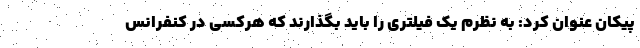
پیکان عنوان کرد: به نظرم یک فیلتری را باید بگذارند که هرکسی در کنفرانس